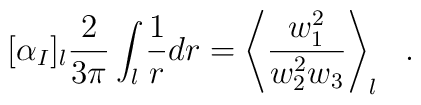
[\alpha_I]_l\frac{2}{3\pi}\int_{l} \frac{1}{r}dr = \left< \frac{w^2_1}{w^2_2w_3}\right>_l~~.